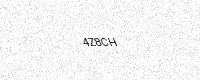
Text: 4Z8CH